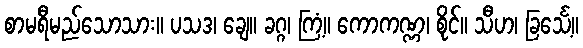
စာမရီမည်သောသား။ ပသဒ၊ ချေ။ ခဂ္ဂ၊ ကြံ့။ ကောကဏ္ဏ၊ စိုင်။ သီဟ၊ ခြင်္သေ့။